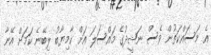
އެ މަސައްކަތުން ވެސް ނަޝީދުގެ މައްސަލަ އަށް ކާމިޔާބު ލިބޭނެ ކަމަށް އޭނާ